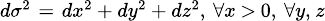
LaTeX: \scriptstyle d\sigma^{2}\; =\; dx^{2}\, +\, dy^{2}\, +\, dz^{2},\; \forall x\, >\, 0,\; \forall y,\, z